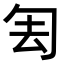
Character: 𠣗